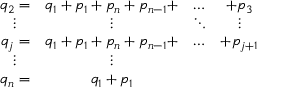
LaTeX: \begin{array} { c c c c } { { q _ { 2 } = } } & { { q _ { 1 } + p _ { 1 } + p _ { n } + p _ { n - 1 } + } } & { { \ldots } } & { { + p _ { 3 } } } \\ { { \vdots } } & { { \vdots } } & { { \ddots } } & { { \vdots } } \\ { { q _ { j } = } } & { { q _ { 1 } + p _ { 1 } + p _ { n } + p _ { n - 1 } + } } & { { \ldots } } & { { + p _ { j + 1 } } } \\ { { \vdots } } & { { \vdots } } & { { } } & { { } } \\ { { q _ { n } = } } & { { q _ { 1 } + p _ { 1 } } } & { { } } & { { } } \end{array}